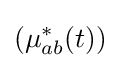
(\mu _{ab}^{*}(t))